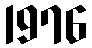
1976